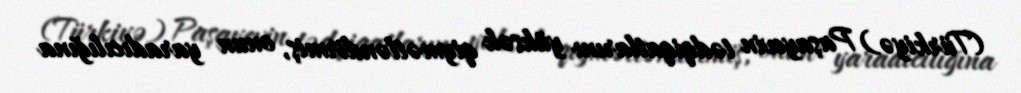
(Türkiyə) Paşayevin tədqiqatlarını yüksək qiymətləndirmiş, onun yaradıcılığına